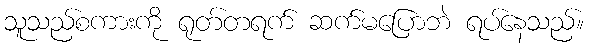
သူသည်စကားကို ရုတ်တရက် ဆက်မပြောဘဲ ရပ်နေသည်။